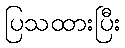
ပြသထားပြီး